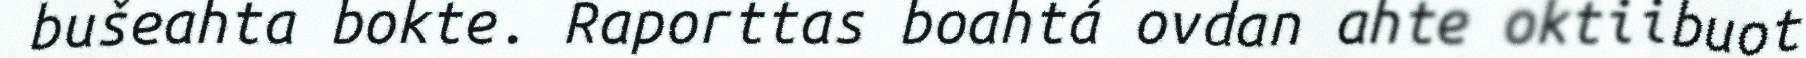
bušeahta bokte. Raporttas boahtá ovdan ahte oktiibuot